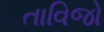
તાવિજો